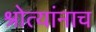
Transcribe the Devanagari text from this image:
श्रोत्यांनाच